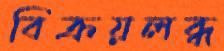
বিক্রয়লব্ধ